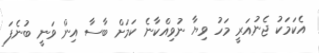
އެކަމަކު ޖެނުއަރީ މަހު ވިޔާ ނުވިއްކާނެ ކަމަށް ބާސާ އިން ވަނީ ބުނެފަ